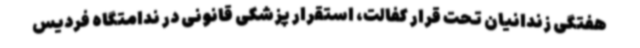
هفتگی زندانیان تحت قرار کفالت، استقرار پزشکی قانونی در ندامتگاه فردیس